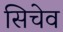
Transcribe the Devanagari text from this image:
सिचेव